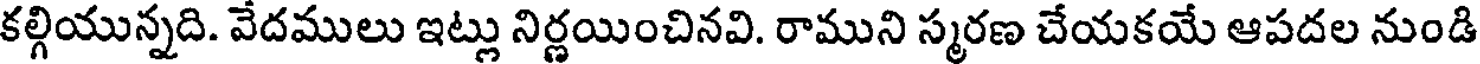
కల్గియున్నది. వేదములు ఇట్లు నిర్ణయించినవి. రాముని స్మరణ చేయకయే ఆపదల నుండి